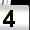
Digit: 4